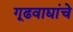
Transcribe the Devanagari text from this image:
गूढवाद्यांचे